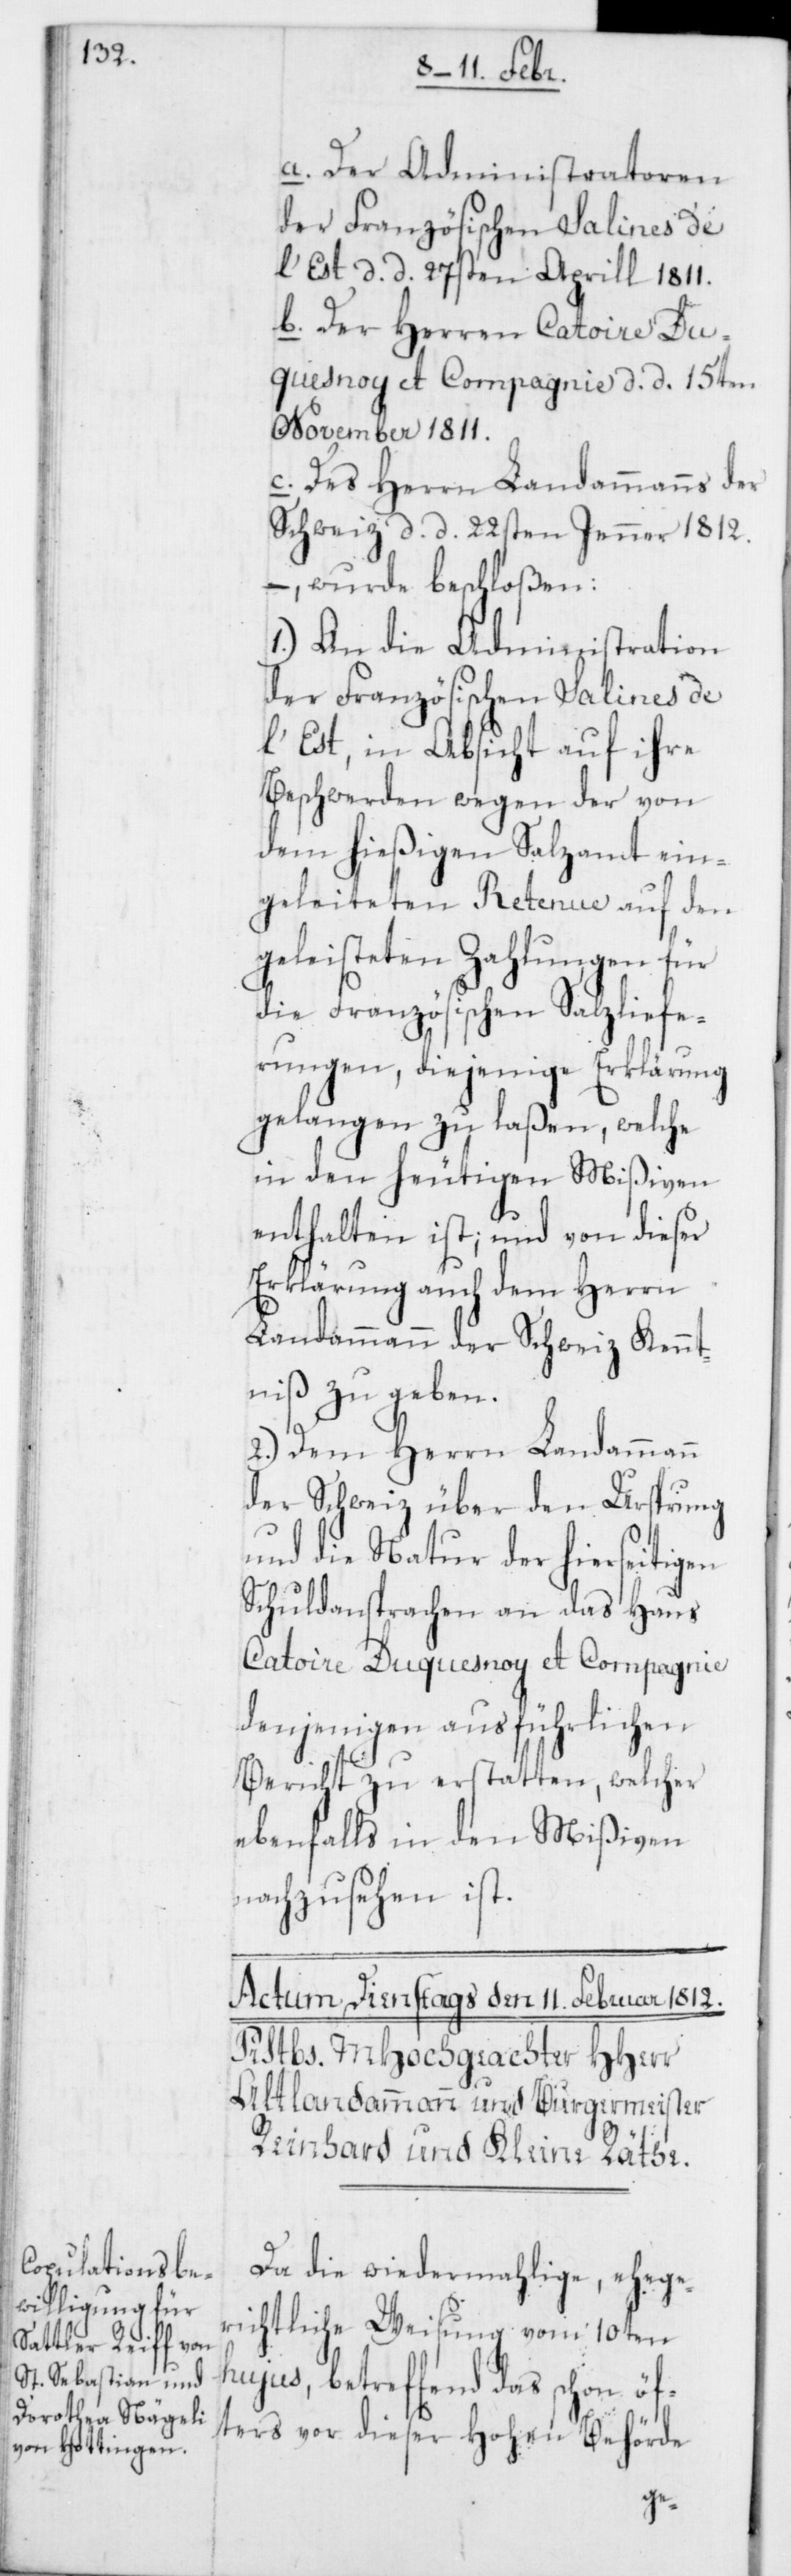
a. Der Administratoren
der Französischen Salines de
l’Est d. d. 27sten Aprill 1811.
b. Der Herren Catoire Du¬
quesnoy et Compagnie d. d. 15ten
November 1811.
c. Des Herrn Landammanns der
Schweiz d. d. 22sten Jenner 1812.
wurde beschloßen:
1.) An die Administration
l’Est, in Absicht auf ihre
Beschwerden wegen der von
dem hießigen Salzamt ein¬
geleiteten Retenue auf den
geleisteten Zahlungen für
die Französischen Salzliefe¬
rungen, diejenige Erklärung
gelangen zu laßen, welche
in den heutigen Mißiven
enthalten ist; und von dieser
Erklärung auch dem Herrn
Landammann der Schweiz Kennt¬
niß zu geben.
2.) Dem Herrn Landammann
der Schweiz über den Ursprung
und die Natur der hierseitigen
Schuldansprachen an das Haus
Catoire Duquesnoy et Compagnie
denjenigen ausführlichen
Bericht zu erstatten, welcher
ebenfalls in den Mißiven
nachzusehen ist.
Da die wiedermahlige, ehege¬
richtliche Weisung vom 10ten
hujus, betreffend das schon öf¬
ters vor dieser Hohen Behörde